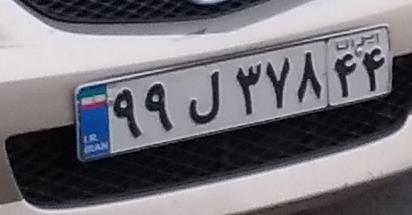
۹۹ل۳۷۸۴۴